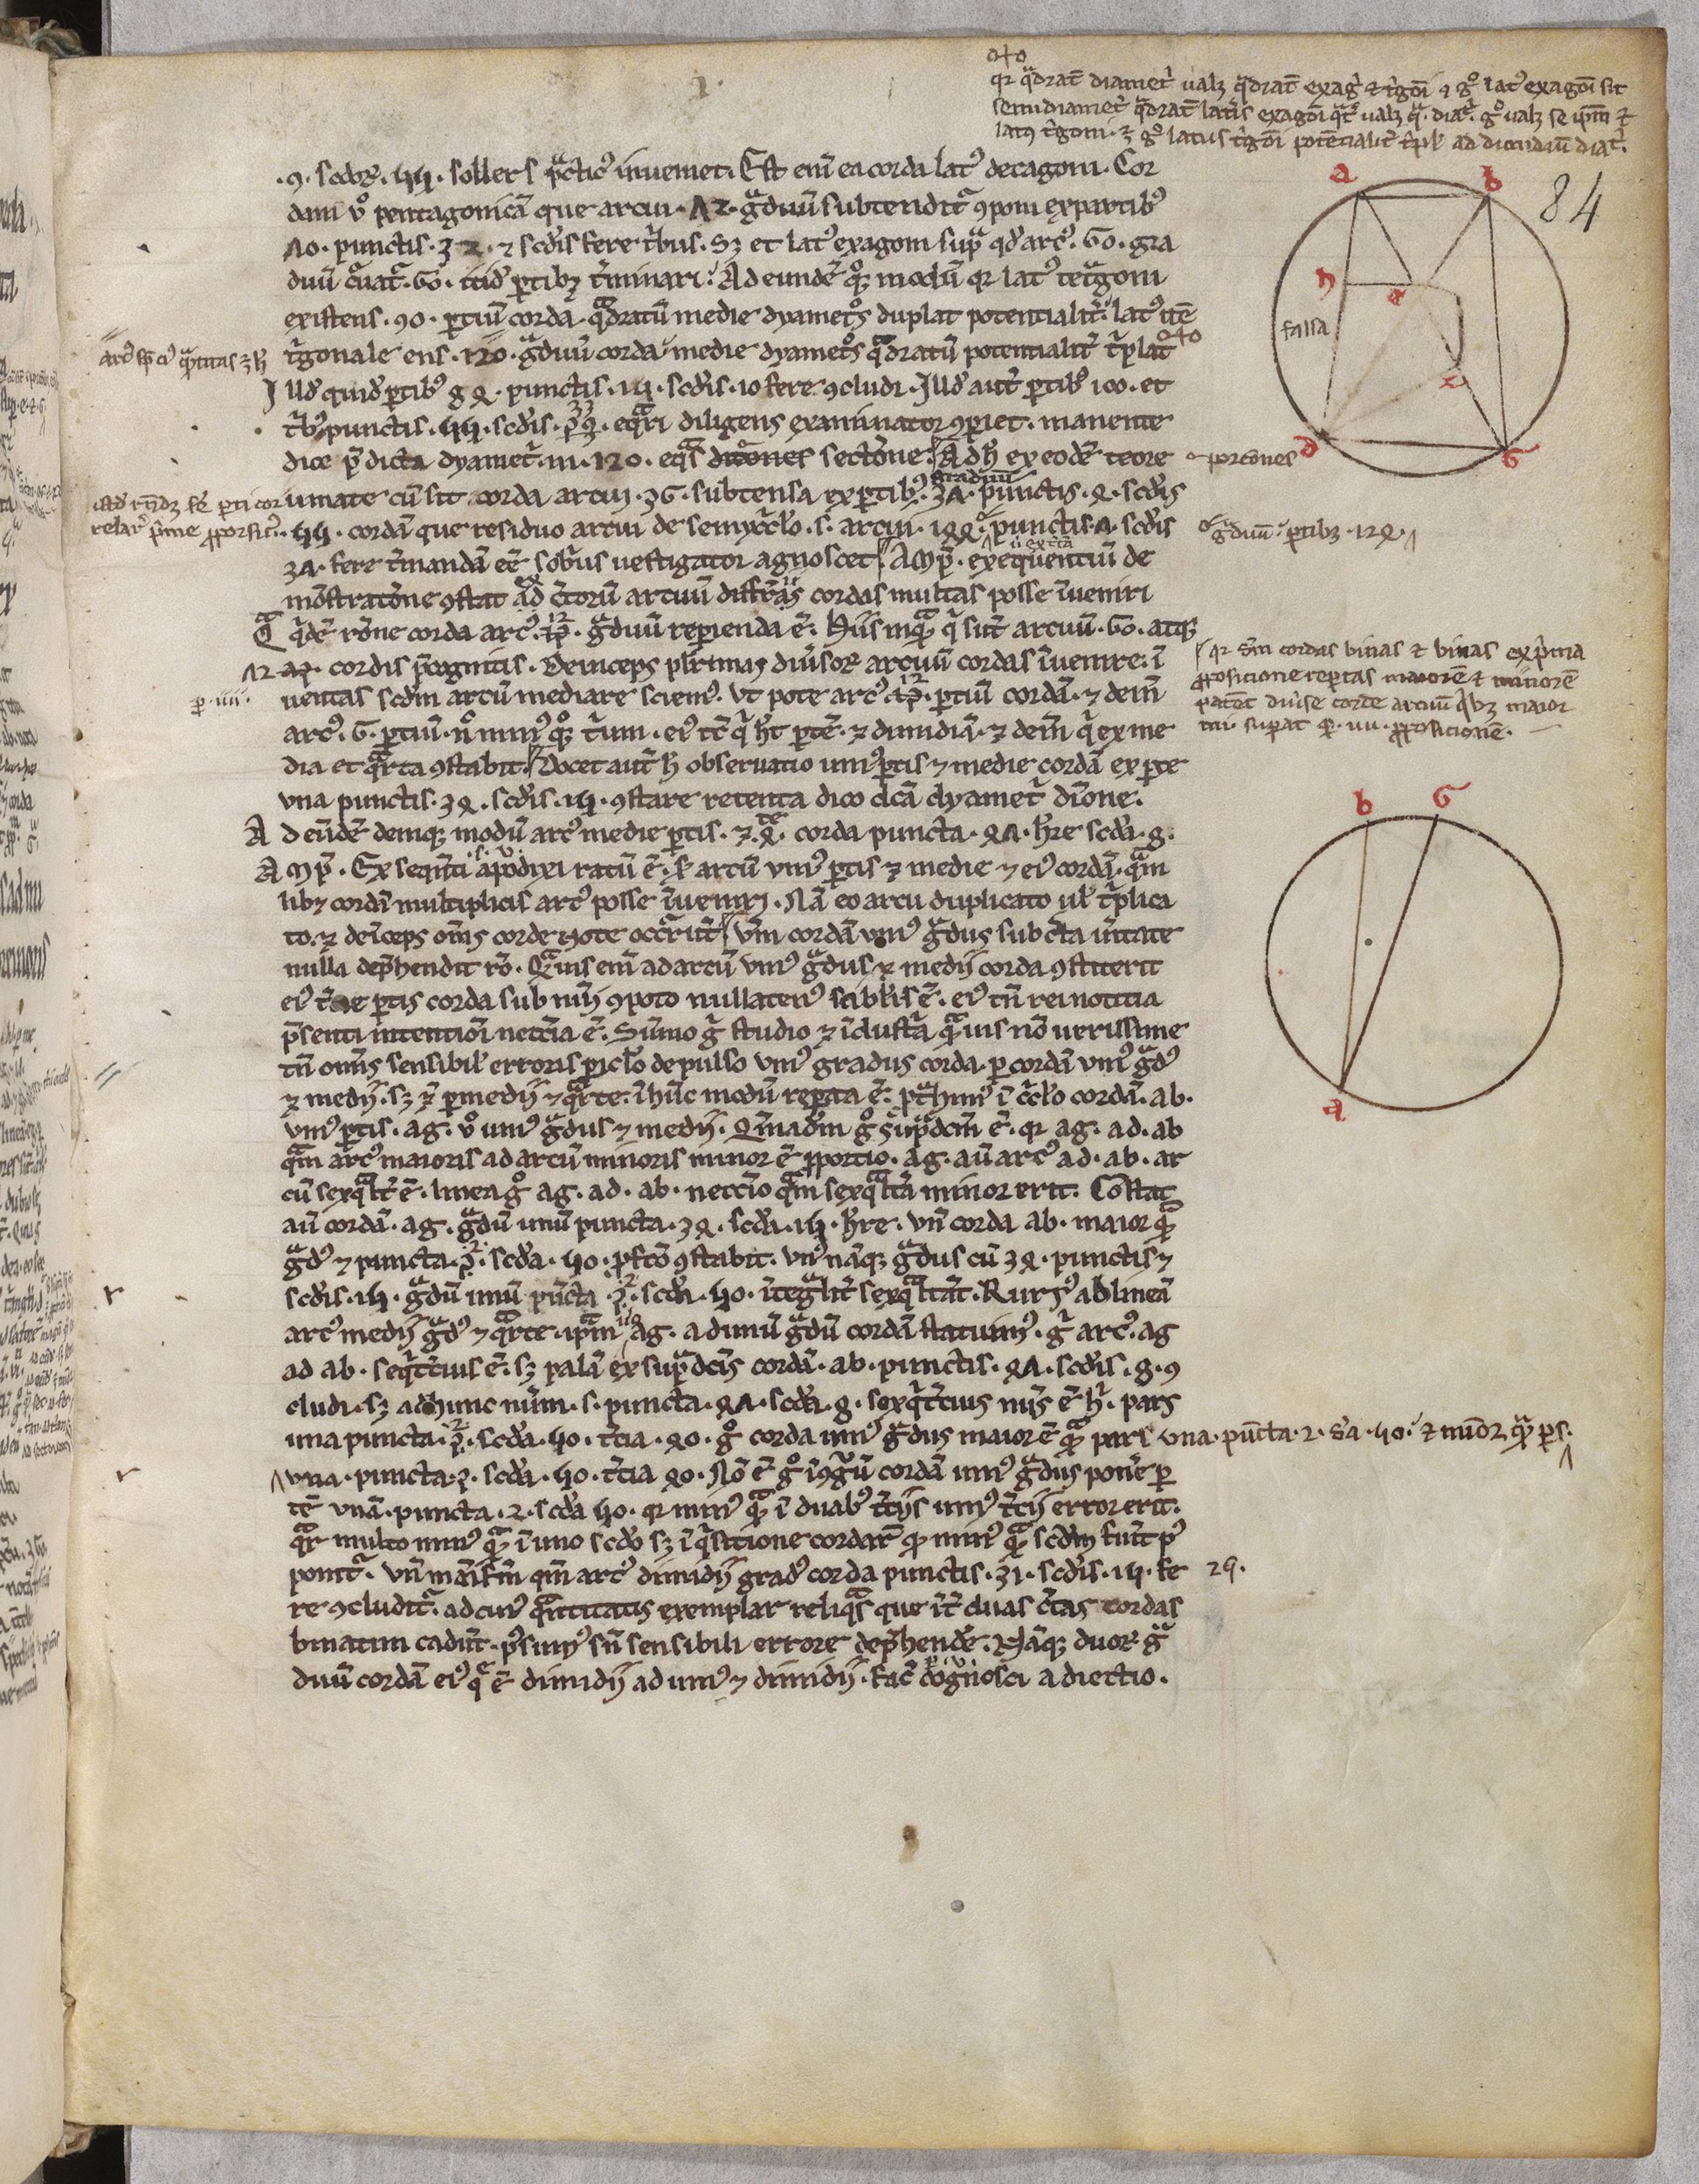
Shelfmark: Paris, BnF, lat. 16657
Century: 13